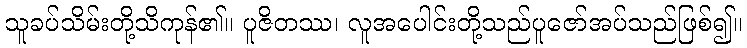
သူခပ်သိမ်းတို့သိကုန်၏။ ပူဇိတဿ၊ လူအပေါင်းတို့သည်ပူဇော်အပ်သည်ဖြစ်၍။